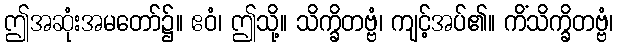
ဤအဆုံးအမတော်၌။ ဧဝံ၊ ဤသို့။ သိက္ခိတဗ္ဗံ၊ ကျင့်အပ်၏။ ကိံသိက္ခိတဗ္ဗံ၊